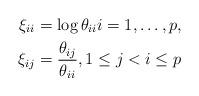
LaTeX: \begin{align*} \xi_{ii}&=\log\theta_{ii}i=1,\dots,p, \\ \xi_{ij}&=\frac{\theta_{ij}}{\theta_{ii}},1\leq j< i\leq p\end{align*}